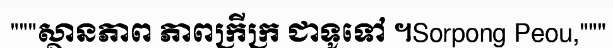
"""ស្ថានភាព ភាពក្រីក្រ ជាទូទៅ ។Sorpong Peou,"""